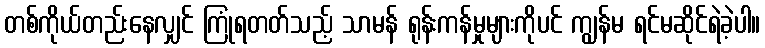
တစ်ကိုယ်တည်းနေလျှင် ကြုံရတတ်သည့် သာမန် ရုန်းကန်မှုများကိုပင် ကျွန်မ ရင်မဆိုင်ရဲခဲ့ပါ။